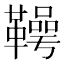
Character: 𮧪